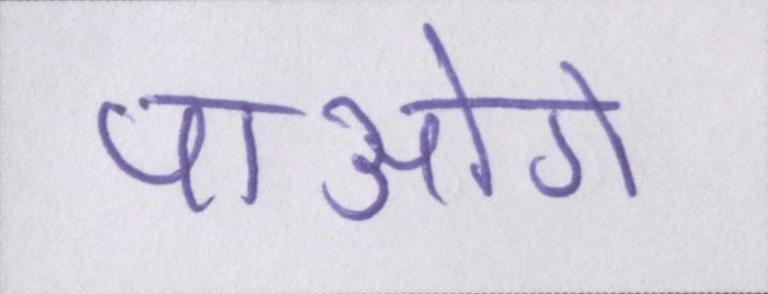
पाओगे